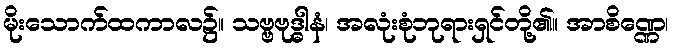
မိုးသောက်ထကာလ၌။ သဗ္ဗဗုဒ္ဓါနံ၊ အလုံးစုံဘုရားရှင်တို့၏။ အာစိဏ္ဏေ၊